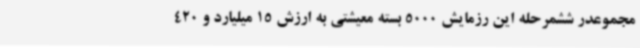
مجموعدر ششمرحله این رزمایش 5000 بسته معیشتی به ارزش 15 میلیارد و 420